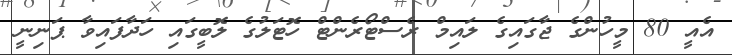
އެއީ 80 މީހުންގެ ޖާގައިގެ ލައިމް ރެސްޓޯރެންޓް ހޮޓަލުގެ ލޮބީގައި ހަދާފައިވާ ޕަނިނީ